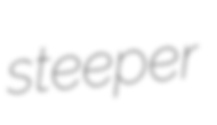
steeper